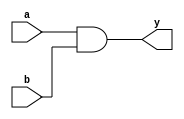
module simple_assignment (
    input wire a,        // First input signal
    input wire b,        // Second input signal
    output wire y        // Output signal
);

// Continuous assignment using the assign statement
assign y = a & b;      // y is the logical AND of inputs a and b

endmodule